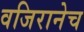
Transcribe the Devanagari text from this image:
वजिरानेच